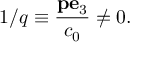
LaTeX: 1 / q \equiv { \frac { { \bf p } { \bf e } _ { 3 } } { c _ { 0 } } } \neq 0 .